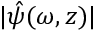
| \hat { \psi } ( \omega , z ) |